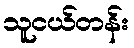
သူငယ်တန်း